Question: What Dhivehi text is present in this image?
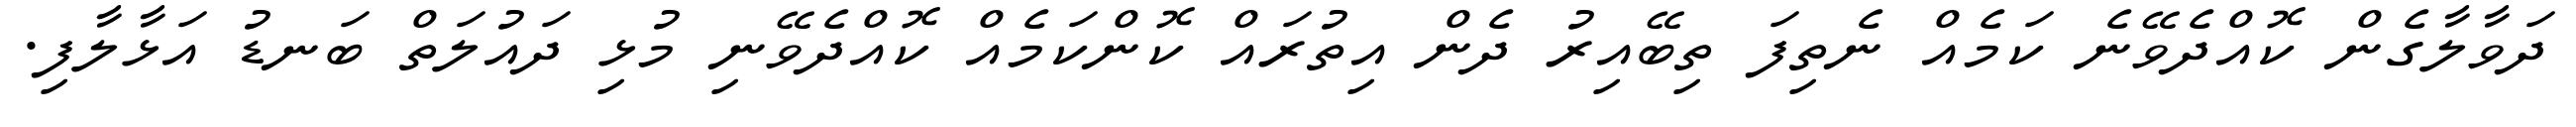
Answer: ދަވާލާގެން ކޮއްދެވޭނެ ކަމެއް ނެތިފަ ތިބޭއިރު ދެން އިތުރައް ކޮންކަމެއް ކޮއްދެވޭނި މުޅި ދައުލަތް ބަނޑު އަޅާލާފި.